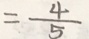
= \frac { 4 } { 5 }